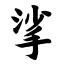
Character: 挲